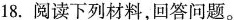
18.阅读下列材料，回答问题。